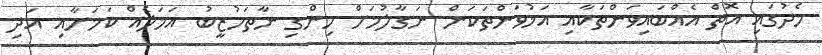
މެދުގައި އޮތް އެއްބައިވަންތަކާއި އަޚުވަންތަކަން ނަގާލުމަށް ހިންގި ނާތަހުޒީބު އަމަލެއް ކަމަށާއި އަދި